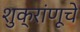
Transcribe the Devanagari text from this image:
शुक्रांणूचे